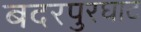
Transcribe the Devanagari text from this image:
बदरपुरघाट